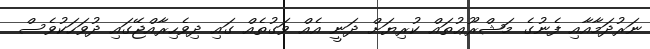
ނަރުދަމާއާއި ފެނުގެ މަޝްރޫޢުތައް ކުރިޔަށް ދަނީ އެއް ވަގުތެއް ގައި ދިވެހިރާއްޖޭގައި ދުވަހަކުވެސް